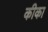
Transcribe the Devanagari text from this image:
कीका